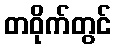
တဝိုက်တွင်